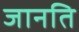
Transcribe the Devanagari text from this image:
जानति